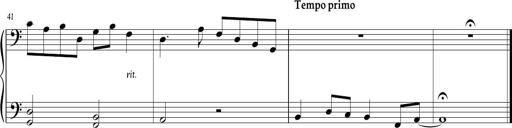
Title: Sonatina in C major
Composer: Or Vaitzman
Key: C major